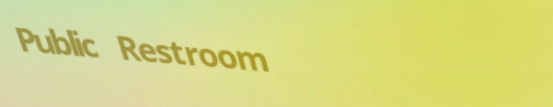
Public Restroom